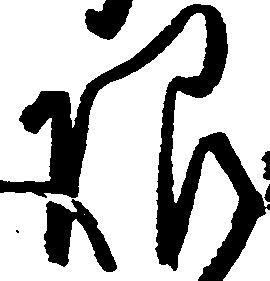
限